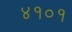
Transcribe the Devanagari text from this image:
४१०१